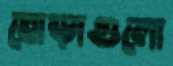
ঘোড়াগুলো